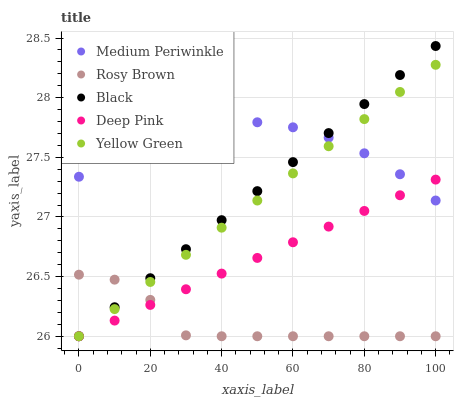
| xaxis_label | Medium Periwinkle | Rosy Brown | Black | Deep Pink | Yellow Green |
 | --- | --- | --- | --- | --- | --- |
 | 0 | 27.3 | 26.5 | 26 | 26 | 26 |
 | 10 | 27.5 | 26.5 | 26.2 | 26.1 | 26.2 |
 | 20 | 27.7 | 26.3 | 26.5 | 26.3 | 26.5 |
 | 30 | 27.7 | 26 | 26.7 | 26.4 | 26.7 |
 | 40 | 27.8 | 26 | 27 | 26.5 | 26.9 |
 | 50 | 27.8 | 26 | 27.2 | 26.7 | 27.1 |
 | 60 | 27.8 | 26 | 27.5 | 26.8 | 27.4 |
 | 70 | 27.7 | 26 | 27.7 | 26.9 | 27.6 |
 | 80 | 27.5 | 26 | 27.9 | 27.1 | 27.8 |
 | 90 | 27.4 | 26 | 28.2 | 27.2 | 28 |
 | 100 | 27.1 | 26 | 28.4 | 27.3 | 28.3 |